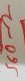
Text: 560Ω